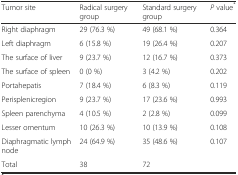
<table><thead><tr><td><b>Tumor site</b></td><td><b>Radical surgery group</b></td><td><b>Standard surgery group</b></td><td><b><i>P</i> value<sup>*</sup></b></td></tr></thead><tbody><tr><td>Right diaphragm</td><td>29 (76.3 %)</td><td>49 (68.1 %)</td><td>0.364</td></tr><tr><td>Left diaphragm</td><td>6 (15.8 %)</td><td>19 (26.4 %)</td><td>0.207</td></tr><tr><td>The surface of liver</td><td>9 (23.7 %)</td><td>12 (16.7 %)</td><td>0.373</td></tr><tr><td>The surface of spleen</td><td>0 (0 %)</td><td>3 (4.2 %)</td><td>0.202</td></tr><tr><td>Portahepatis</td><td>7 (18.4 %)</td><td>6 (8.3 %)</td><td>0.119</td></tr><tr><td>Perisplenicregion</td><td>9 (23.7 %)</td><td>17 (23.6 %)</td><td>0.993</td></tr><tr><td>Spleen parenchyma</td><td>4 (10.5 %)</td><td>2 (2.8 %)</td><td>0.099</td></tr><tr><td>Lesser omentum</td><td>10 (26.3 %)</td><td>10 (13.9 %)</td><td>0.108</td></tr><tr><td>Diaphragmatic lymph node</td><td>24 (64.9 %)</td><td>35 (48.6 %)</td><td>0.107</td></tr><tr><td>Total</td><td>38</td><td>72</td><td></td></tr></tbody></table>